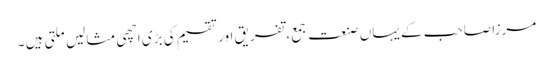
مرزا صاحب کے یہاں صنعت جمع، تفریق اور تقسیم کی بڑی اچھی مثالیں ملتی ہیں ۔